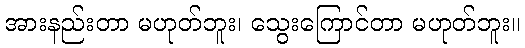
အားနည်းတာ မဟုတ်ဘူး၊ သွေးကြောင်တာ မဟုတ်ဘူး။